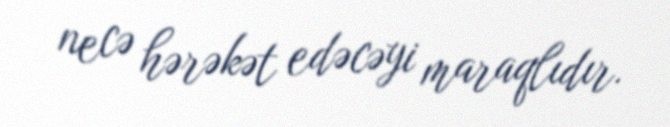
necə hərəkət edəcəyi maraqlıdır.